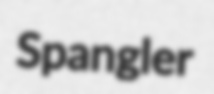
Spangler